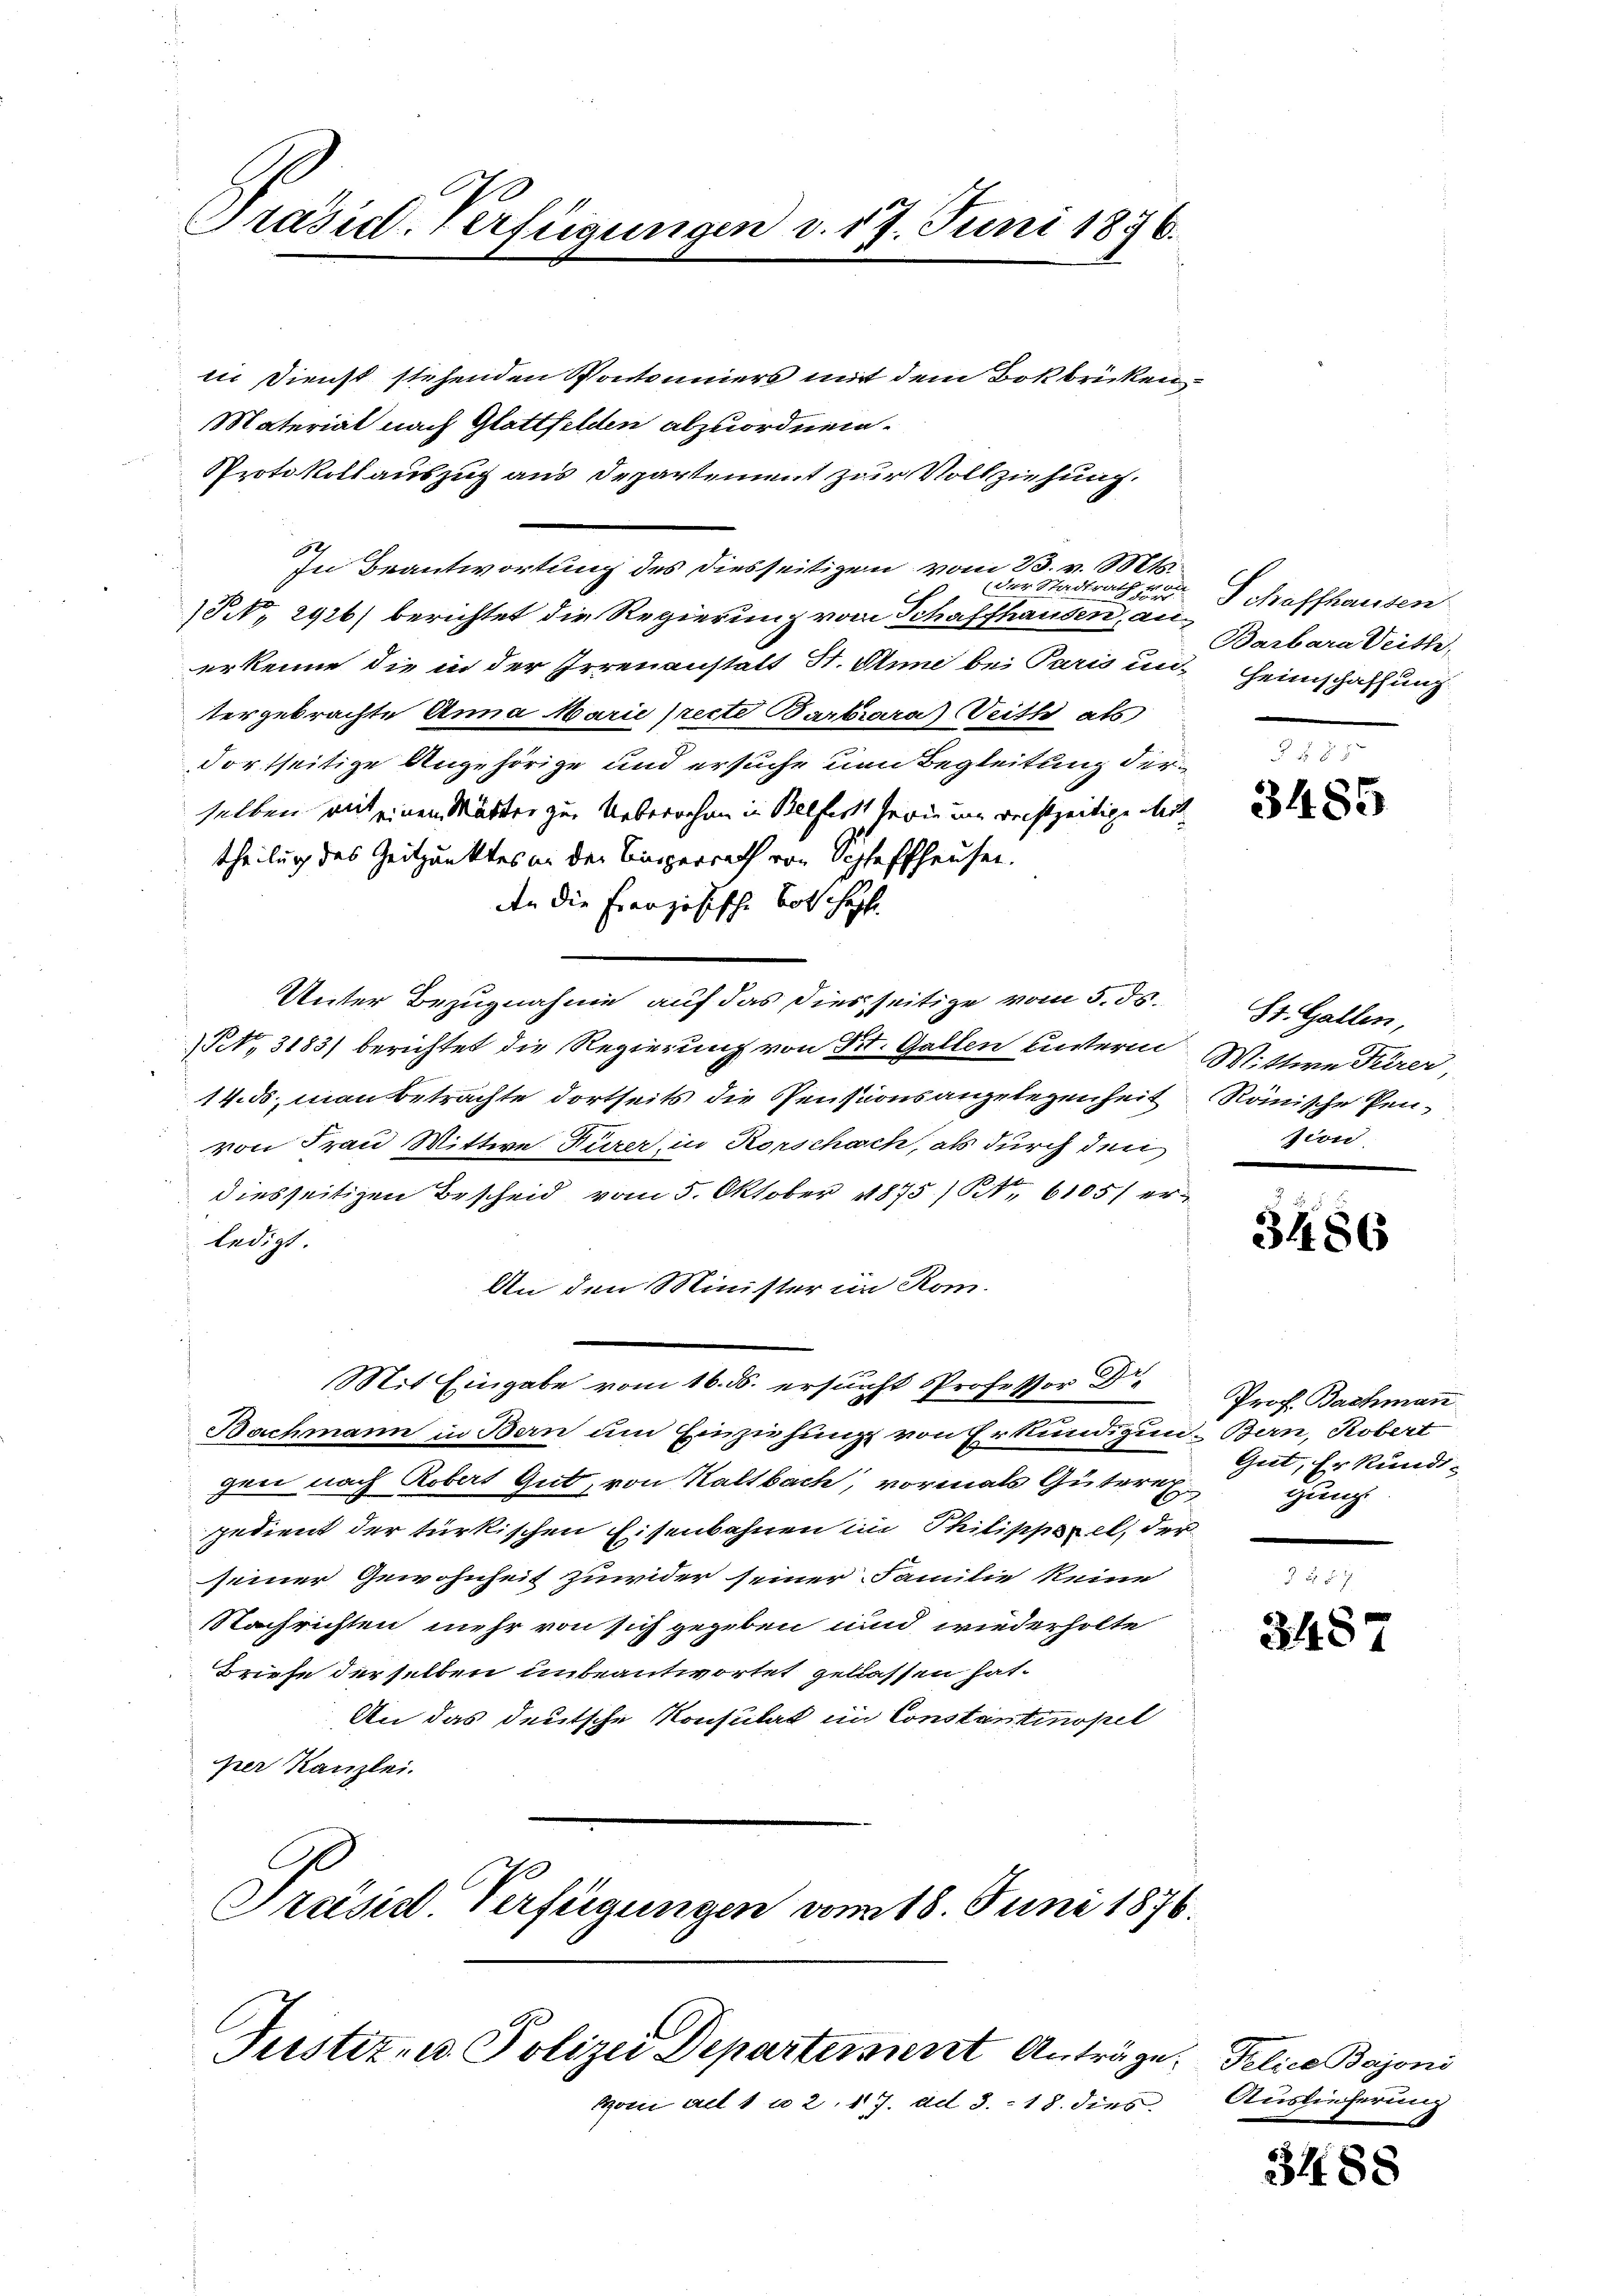
Präsid. Verfügungen d. 17. Juni 1876.

die Dienst stehenden Pontonniers mit dem Bokbriken
Material nach Glattfelden abzuordnen.
PProtokoll auszug aus Departement zur Vollziehung.
12
In Beantwortung des Diesseitigen vom 23. v. Mts.
NNo. 2926) berichtet die Regierung vom Schaffhausen, au
erkenne die in der Irrenanstatt St. Anne bei Paris und Heimschaffung
tergebrachte Anna Marie [recte Barbara) Seith als
dortseitige Angehörige und ersuche um Begleitung derselben mit einen Märter zur Uebernehme in Belfers herin um rechtzeitige Weit
theilung des Zeitpunktes in der Einsperrath von Schaffhausen.
dn die französische Both hat.
Unter Bezugnahme auf das dies seitige vom 5. ds.
No. 3183) berichtet die Regierung von Kt. Gallen unterm Wittwe Türer,
14.ds. man betrachte dortseits die Pensionsangelegenheit Römische Penvon Frau Wittwe Dürer, in Rorschach, als durch den
diesseitigen Bescheid vom 5. Oktober 1875 / NNo. 6105/ erledigt.
An den Minister in Rom.
Mit Eingabe vom 16. ds. ersucht Professor Dr
Bachmann in Bern um Einziehung von Erkundigun- Bern, Kobert
gen nach Robert Gut, von Kaltbach, vormals Gütern
gedient der türkischen Eisenbahnen in Philippel, der
seiner Gewohnheit zuwider seiner Familie keine
Nachrichten mehr von sich gegeben und wiederholte
Briefe derselben unbeantwortet gelassen hat.
An das deutsche Konsulat im Constantinopel
per Kanzlei.
Präsid. Verfügungen vom 18. Juni 1876.

Justiz- u. Polizei Departement Anträge.
kon alt 1 u 2. 17. ad 3. 18. dies

der Stadtrath von Schaffhausen
Barbara Veithe

3485

St. Gallen,
zion

3486

Prof. Bachmann
Gut, Erkundigung

3457

Telice Bajoni
Auslieferung

3488